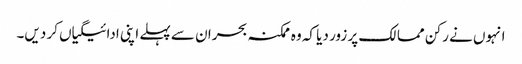
انہوں نے رکن ممالک پر زور دیا کہ وہ ممکنہ بحران سے پہلے اپنی ادائیگیاں کر دیں۔